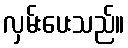
လှမ်းပေးသည်။